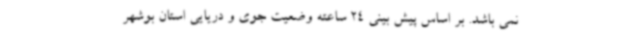
نمی باشد. بر اساس پیش بینی 24 ساعته وضعیت جوی و دریایی استان بوشهر